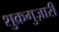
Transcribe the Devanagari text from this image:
शुक्रगुज़ारी